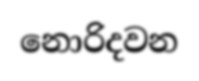
නොරිදවන